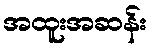
အထူးအဆန်း